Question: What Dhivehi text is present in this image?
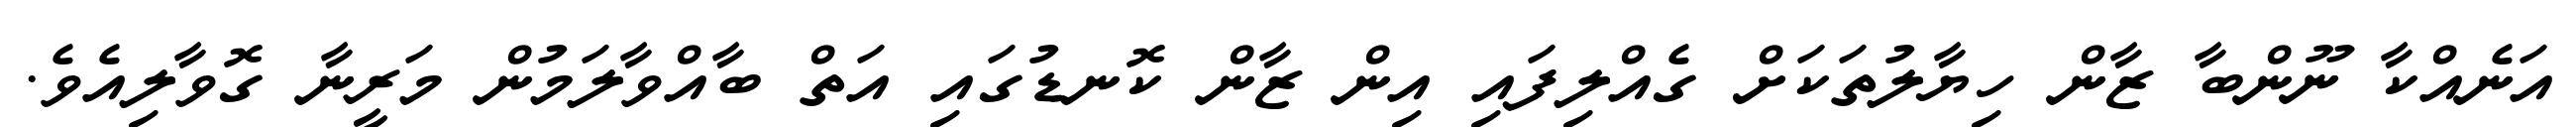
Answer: އަނެއްކާ ނޫންބާ ޒާން ހިޔާލުތަކަށް ގެއްލިފައި އިން ޒާން ކޮނޑުގައި އަތް ބާއްވާލަމުން މަރީނާ ގޮވާލިއެވެ.